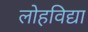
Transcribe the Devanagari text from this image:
लोहविद्या